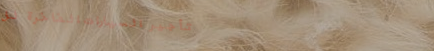
تأجير السيارات الفاخرة لل